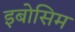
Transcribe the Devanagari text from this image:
इबोसिम